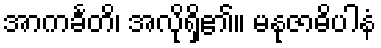
အာကင်္ခတိ၊ အလိုရှိ၏။ မနုဇာဓိပါနံ